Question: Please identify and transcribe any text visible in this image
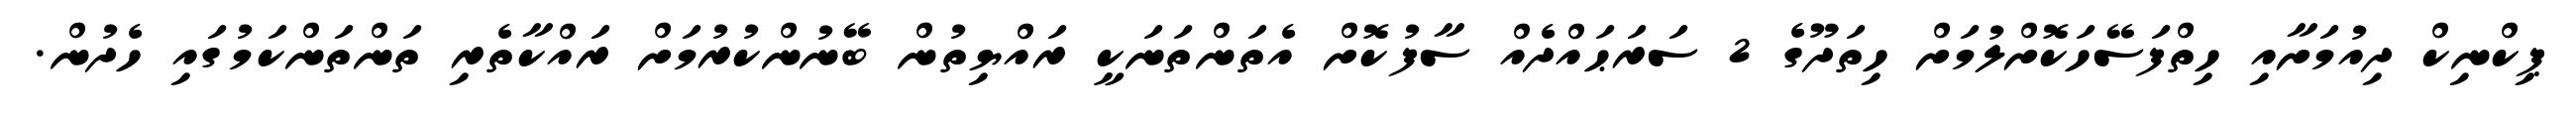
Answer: ޕިކްނިކް ދިއުމަށާއި ހިތްފަސޭހަކޮށްލުމަށް ހިތަދޫގެ 2 ސަރަޙައްދެއް ސާފުކޮށް އެތަންތަނަކީ ރައްޔިތުން ބޭނުންކުރުމަށް ރައްކާތެރި ތަންތަންކަމުގައި ހެދުން.